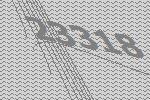
23318